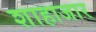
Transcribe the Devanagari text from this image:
शाहाजार